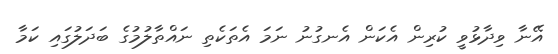
އޭނާ ވިދާޅުވީ ކުރިން އެކަން އެނގުނު ނަމަ އެތަކެތި ނައްތާލުމުގެ ބަދަލުގައި ކަމާ